Vaccination in the Punjab 1919-1929 - 1919-1929
Year: 1919
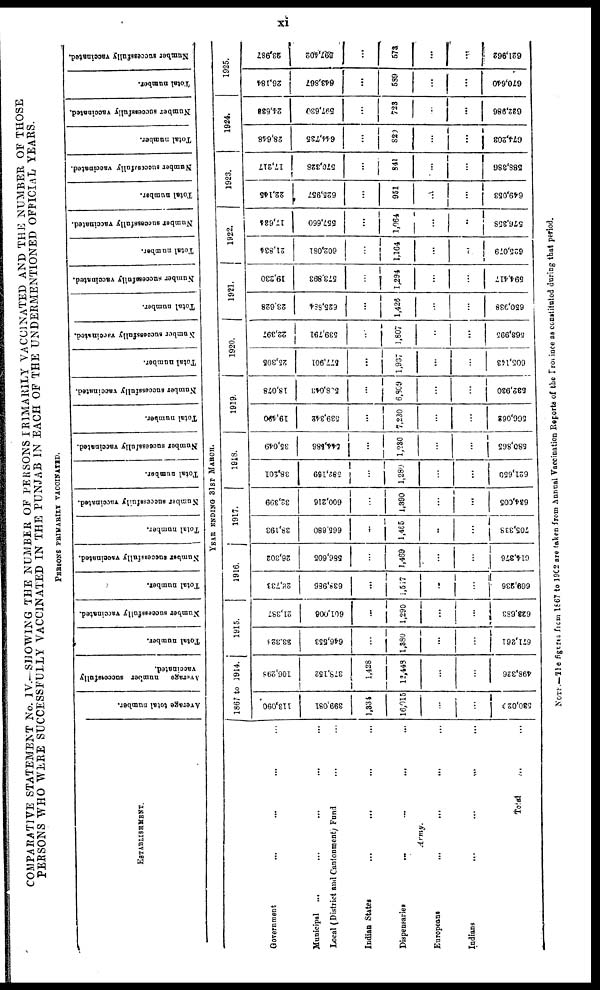
xi
COMPARATIVE STATEMENT No. IV.—SHOWING THE NUMBER OF PERSONS PRIMARILY VACCINATED AND THE NUMBER OF THOSE
PERSONS WHO WERE SUCCESSFULLY VACCINATED IN THE PUNJAB IN EACH OF THE UNDERMENTIONED OFFICIAL YEARS.
PERSONS PRIMARILY VACCINATED.
ESTABLISHMENT.
Government
... ... ... ...
Municipal ... ... ... ...
Local (District and Cantonment) Fund
Indian States ... ... ... ...
Dispensaries ... ... ... ...
Army.
Europeans ... ... ... ...
Indians ... ... ... ...
Total ...
Average total number.
Average number successfully
vaccinated.
Total number.
Number successfully vaccinated.
Total number.
Number successfully vaccinated.
Total number.
Number successfully vaccinated.
Total number.
Number successfully vaccinated.
Total number.
Number successfully vaccinated.
Total number.
Number successfully vaccinated.
Total number.
Number successfully vaccinated.
Total number.
Number successfully vaccinated.
Total number.
Number successfully vaccinated.
Total number.
Number successfully vaccinated.
Total number.
Number successfully vaccinated.
YEAR ENDING 31ST MARCH.
1867 to 1914.
113,090
399,081
1,334
16,015
530,02
106,298
378,152
1,428
12,448
...
498,326
1915.
23,328
646,553
...
1,380
...
...
671,261
21,387
601,008
...
1,290
...
...
623,683
1916.
28,733
638,986
...
1,517
...
...
669,236
26,302
586,605
1,469
...
...
614,376
1917.
38,193
665,680
...
1,465
..
...
705,333
32,399
600,216
...
1,390
...
...
634,005
1918.
38,201
582,169
...
1,280
...
...
621,650
35,049
544,586
...
1,230
...
...
580,865
1919.
19,490
539,342
...
7,230
566,062
18,078
508,043
...
6,809
...
...
532,930
1920.
25,305
577,901
...
1,937
...
605,143
22,397
539,791
...
1,807
...
...
563,995
1921.
23,628
625,884
...
1,426
...
...
650,938
19,230
573,893
...
1,294
...
...
594,417
1922.
21,834
602,081
...
1,164
...
...
625,079
17,634
557,660
...
1,064
...
...
576,358
1923.
22,145
625,957
...
951
...
...
649,053
17,217
570,328
...
841
...
...
588,386
1924.
28,648
644,735
...
820
...
...
674,203
24,638
597,630
...
723
...
...
622,986
1925.
26,184
643,867
...
589
...
...
670,640
23,987
597,402
...
573
...
...
621,962
NOTE.—The figures from 1867 to 1902 are taken from Annual Vaccination Reports of the Province as constituted during that period.